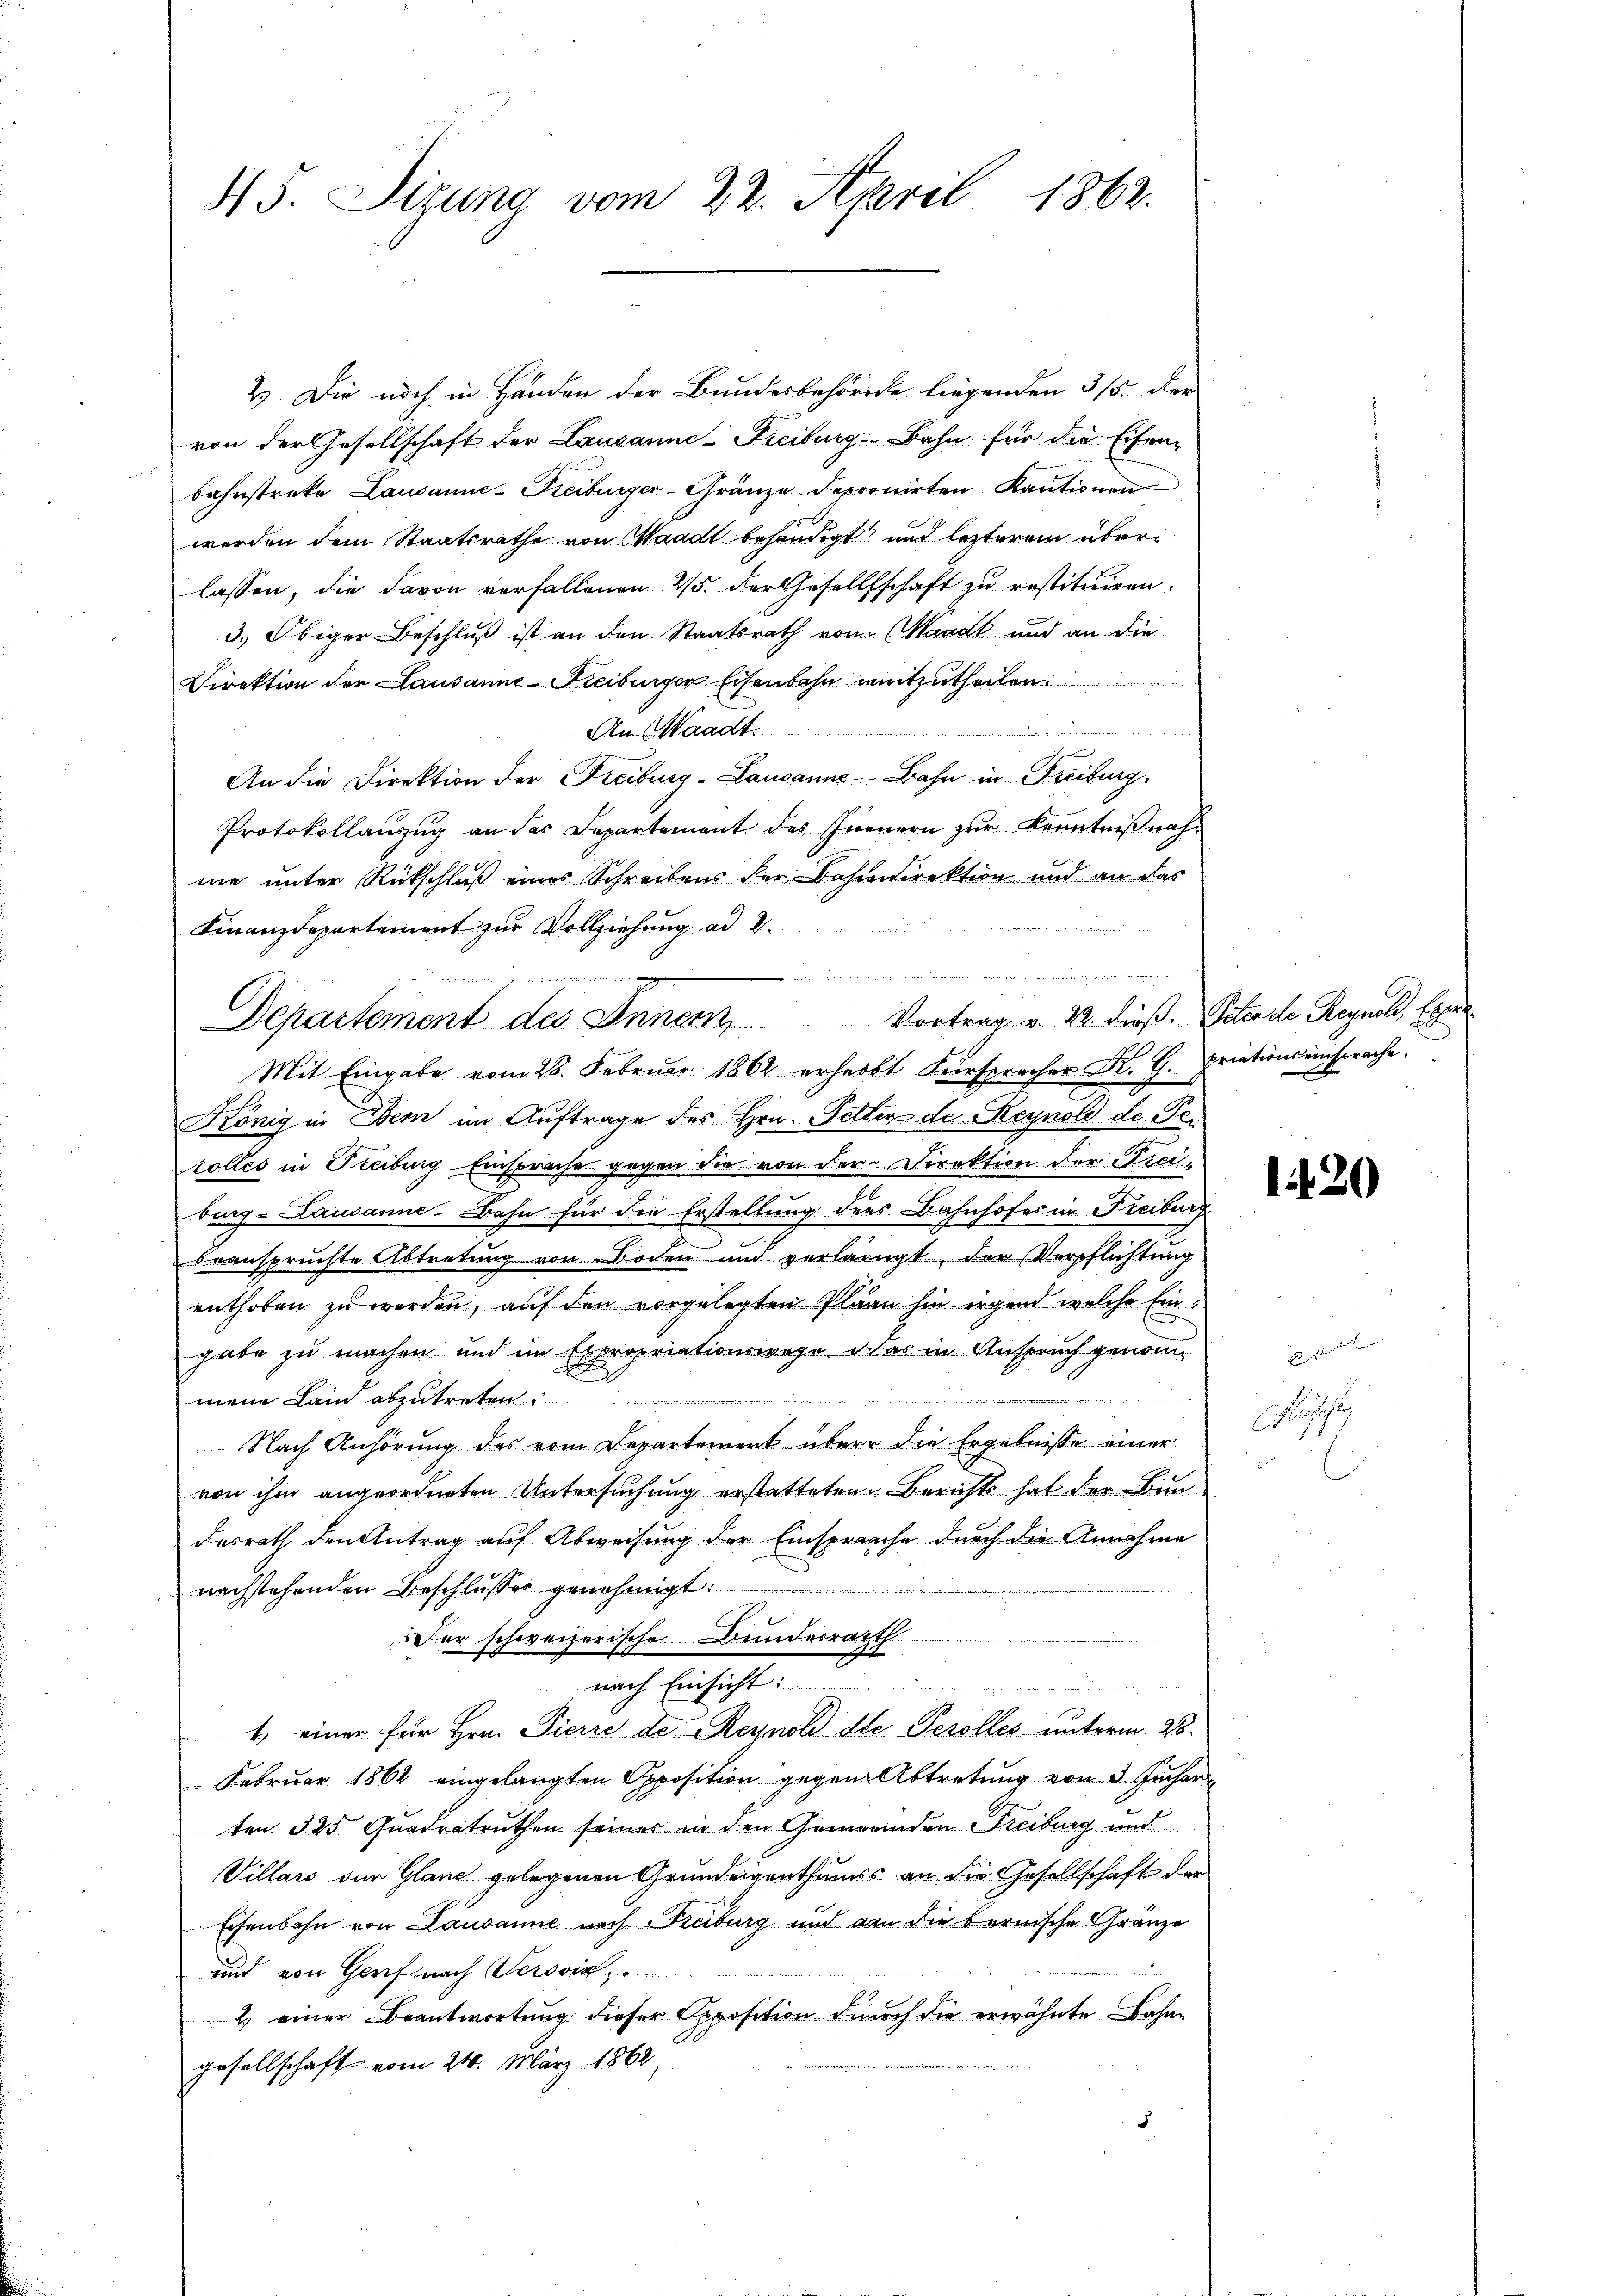
45. Sizung vom 22. April 1862.

2.) Die noch in Händen der Bundesbehörde liegenden 315. Der
von der Gesellschaft der Lausanne-Freiburg: Bahn für die Eisenbahnstreke Lausanne-Freiburger-Gränze deponirten Kautionen
werden dem Staatsrathe von Waadt behändigt und lezterem überlassen, die davon verfallenen 45. der Gesellschaft zu restituiren.
3.) Obiger Beschluß ist an den Staatsrath von Waadt und an die
Direktion der Lausanne-Freiburger Eisenbahn mitzutheilen.

An Waadt.
An die Direktion der Freiburg-Lausanne - Bahn in Freiburg.
Protokollanzŭg an das Departement des Innern zŭr Kenntniβnahme unter Rückschluß eines Schreibens der Bahndirektion und an das
Finanzdepartement zur Vollziehung ad 2.
Mit Eingabe vom 28. Februar 1862 erhebt Fürsprecher K. G.
König in Denn im Auftrage des Hrn. Petten der Reynold de Pe¬
Colles in Treiburg Einsprache gegen die von der Direktion der Freiburg-Lausanne-Bahn für die Erstellung ders Bahnhofes in Freiburg
beanspruchte Abtretung von Boden und verlangt, der Verpflichtung
enthoben zu werden, auf den vorgelegten Pläan hin irgend welche Eingabe zu machen und im Expropriationswege das in Anspruch genommene Lain abzutreten.
 Nach Anhörung des vom Departement über die Ergebnisse einer
von ihm angeordneten Untersuchung erstatteten Berichts hat der Bundesrath den Antrag auf Abweisung der Einsprache durch die Annahme
nachstehenden Beschlusses genehmigt.
Der schweizerische Bunderrath
auch besten d
1.) einer für Hrn. Picire der Reynold die Perolles unterm 28.
Februar 1862 eingelangten Opposition gegen Abtretung von 3 Juchar
ten 325 Quadratruthen seiner in den Gemeinden Freiburg und
Villars der Glane gelegenen Grundeigenthums an die Gesellschaft der
Eisenbahn von Lausanne nach Freiburg und den die bernische Gränze
und von Genf nach Versoix,

2 einer Beantwortung dieser Opposition durch die erwähnte Bahne
gesellschaft vom 21. März 1862,

e
t tend de
Departement des Inner, Vortrag v. 2. dieß. Petende Reguck, Erge

n

priationseinsprache.

1420

Fact.

E
e